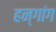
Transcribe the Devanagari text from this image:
हन्गांग